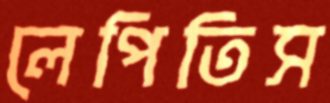
লেপিতিস